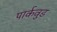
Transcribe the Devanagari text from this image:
पार्कवुड